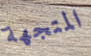
المتجهة